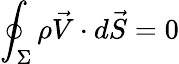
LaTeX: \oint_{\Sigma}\rho\vec{V}\cdot d\vec{S}=0